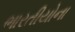
ભારતીયોના